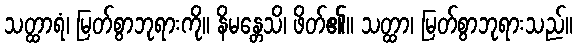
သတ္ထာရံ၊ မြတ်စွာဘုရားကို။ နိမန္တေသိ၊ ဖိတ်၏။ သတ္ထာ၊ မြတ်စွာဘုရားသည်။